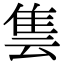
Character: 𨾜